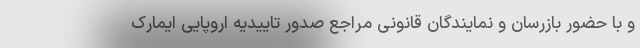
و با حضور بازرسان و نمایندگان قانونی مراجع صدور تاییدیه اروپایی ایمارک